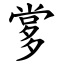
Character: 㗬